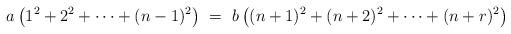
LaTeX: \begin{align*} a\left(1^2+2^2+\cdots+(n-1)^2\right)\ = \ b\left( (n+1)^2+(n+2)^2+\cdots+(n+r)^2\right)\end{align*}